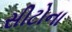
સીટોના